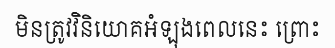
មិនត្រូវវិនិយោគអំឡុងពេលនេះ ព្រោះ